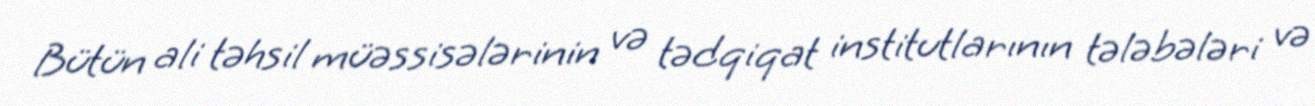
Bütün ali təhsil müəssisələrinin və tədqiqat institutlarının tələbələri və